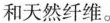
和天然纤维。